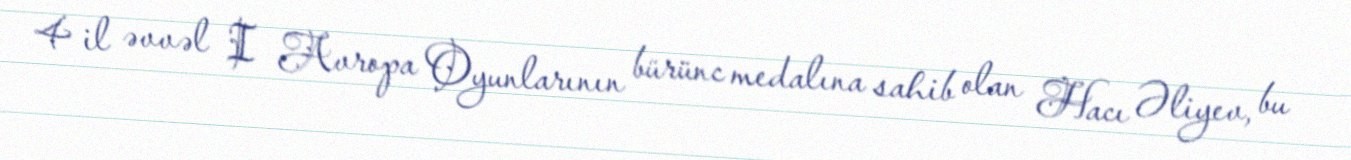
4 il əvvəl I Avropa Oyunlarının bürünc medalına sahib olan Hacı Əliyev, bu